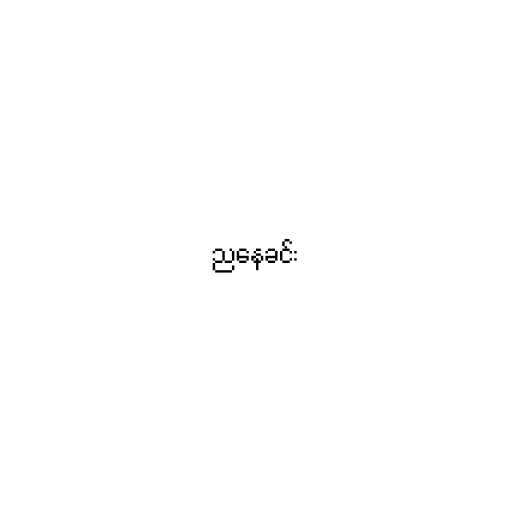
ညနေခင်း